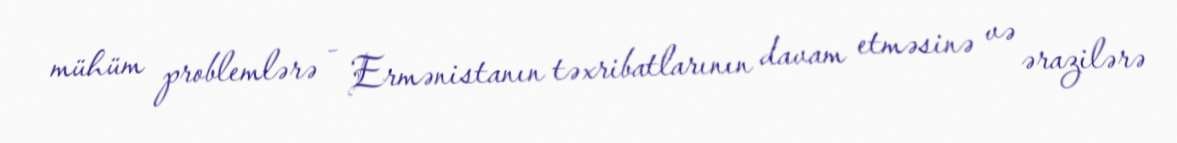
mühüm problemlərə - Ermənistanın təxribatlarının davam etməsinə və ərazilərə